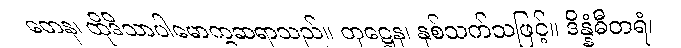
တေန၊ ထိုဒိသာပါမောက္ခဆရာသည်။ တုဋ္ဌေန၊ နှစ်သက်သဖြင့်။ ဒိန္နံဓီတရံ၊